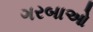
ગરબાઓ